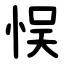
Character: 悮